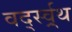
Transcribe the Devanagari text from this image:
वर्द्स्व्र्थ